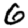
Digit: 6